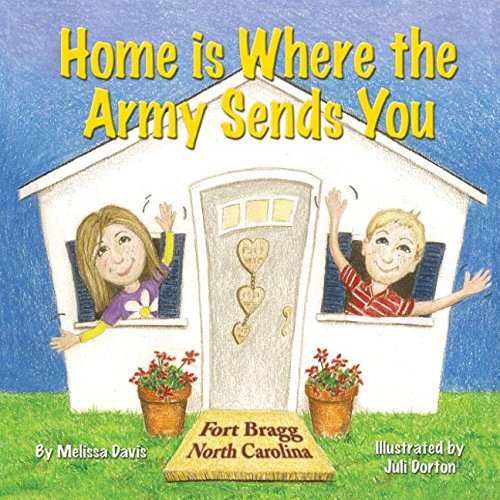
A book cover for Home is Where the Army Sends You; Melissa Davis; Parenting & Relationships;